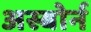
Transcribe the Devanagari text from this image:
अस्बोर्न